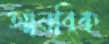
আনবিক